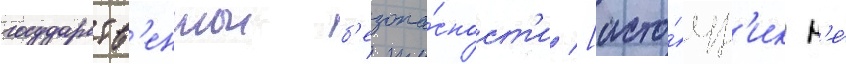
государств'еннои б'езопа́сност'и [исто́чн'ик н'е́